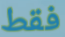
فقط